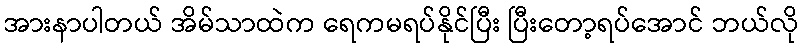
အားနာပါတယ် အိမ်သာထဲက ရေကမရပ်နိုင်ပြီး ပြီးတော့ရပ်အောင် ဘယ်လို